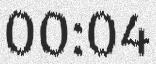
00:04